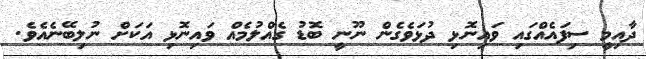
ދާއިމީ ސިފައެއްގައި ވައިނޮޅި ދުޅަވެގެން ނޫނީ ބޮޑު ގެއްލުމެއް ވައިނޮޅި އަކަށް ނުލިބޭނެއެވެ.